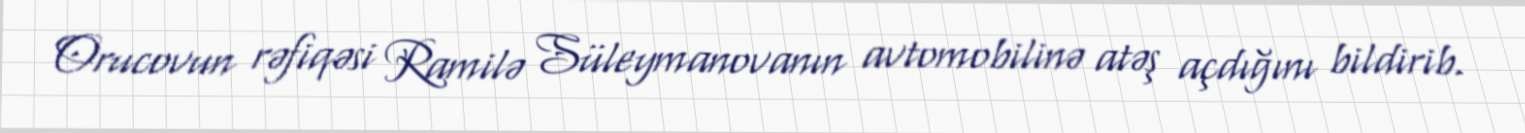
Orucovun rəfiqəsi Ramilə Süleymanovanın avtomobilinə atəş açdığını bildirib.